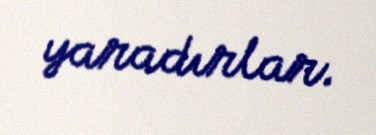
yaradırlar.